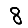
Digit: 8